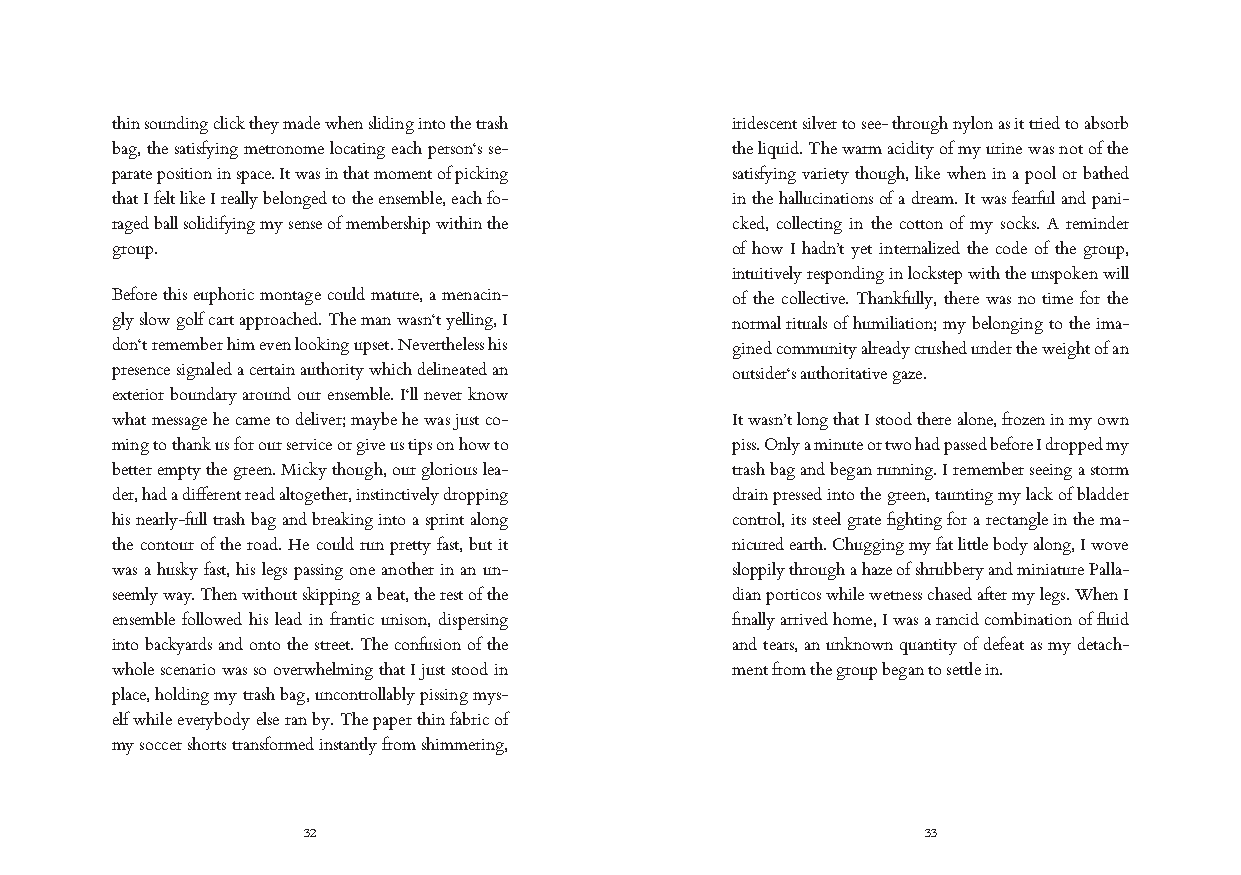
thin sounding click they made when sliding into the trash iridescent silver to see- through nylon as it tried to absorb
 bag, the satisfying metronome locating each person‘s se- the liquid. The warm acidity of my urine was not of the
 parate position in space. It was in that moment of picking satisfying variety though, like when in a pool or bathed
 that I felt like I really belonged to the ensemble, each fo- in the hallucinations of a dream. It was fearful and pani-
 raged ball solidifying my sense of membership within the cked, collecting in the cotton of my socks. A reminder
 group.                                   of how I hadn’t yet internalized the code of the group,
 intuitively responding in lockstep with the unspoken will
 Before this euphoric montage could mature, a menacin- of the collective. Thankfully, there was no time for the
 gly slow golf cart approached. The man wasn‘t yelling, I normal rituals of humiliation; my belonging to the ima-
 don‘t remember him even looking upset. Nevertheless his gined community already crushed under the weight of an
 presence signaled a certain authority which delineated an outsider‘s authoritative gaze.
 exterior boundary around our ensemble. I‘ll never know
 what message he came to deliver; maybe he was just co- It wasn’t long that I stood there alone, frozen in my own
 ming to thank us for our service or give us tips on how to piss. Only a minute or two had passed before I dropped my
 better empty the green. Micky though, our glorious lea- trash bag and began running. I remember seeing a storm
 der, had a different read altogether, instinctively dropping drain pressed into the green, taunting my lack of bladder
 his nearly-full trash bag and breaking into a sprint along control, its steel grate fighting for a rectangle in the ma-
 the contour of the road. He could run pretty fast, but it nicured earth. Chugging my fat little body along, I wove
 was a husky fast, his legs passing one another in an un- sloppily through a haze of shrubbery and miniature Palla-
 seemly way. Then without skipping a beat, the rest of the dian porticos while wetness chased after my legs. When I
 ensemble followed his lead in frantic unison, dispersing finally arrived home, I was a rancid combination of fluid
 into backyards and onto the street. The confusion of the and tears, an unknown quantity of defeat as my detach-
 whole scenario was so overwhelming that I just stood in ment from the group began to settle in.
 place, holding my trash bag, uncontrollably pissing mys-
 elf while everybody else ran by. The paper thin fabric of
 my soccer shorts transformed instantly from shimmering,
 32                                       33